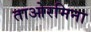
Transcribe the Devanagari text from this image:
ताओरमिना